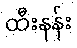
ထီးနန်း